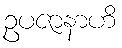
ဥပဇာနာဟိ